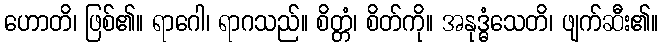
ဟောတိ၊ ဖြစ်၏။ ရာဂေါ၊ ရာဂသည်။ စိတ္တံ၊ စိတ်ကို။ အနုဒ္ဓံသေတိ၊ ဖျက်ဆီး၏။